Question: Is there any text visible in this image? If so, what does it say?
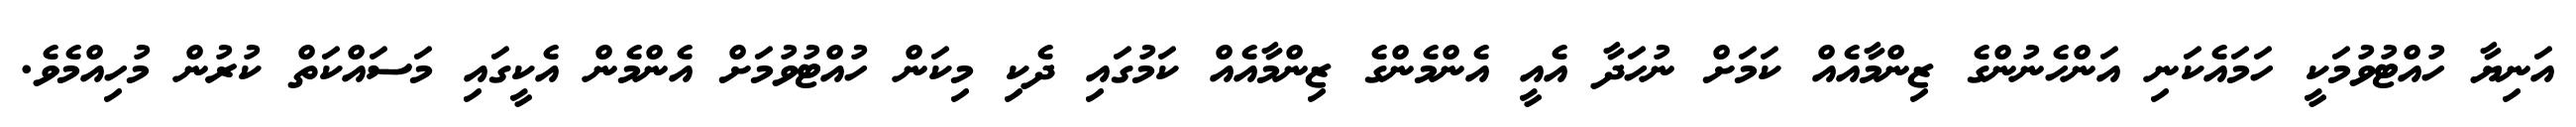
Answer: އަނިޔާ ހުއްޓުވުމަކީ ހަމައެކަނި އަންހެނުންގެ ޒިންމާއެއް ކަމަށް ނުހަދާ އެއީ އެންމެންގެ ޒިންމާއެއް ކަމުގައި ދެކި މިކަން ހުއްޓުވުމަށް އެންމެން އެކީގައި މަސައްކަތް ކުރުން މުހިއްމެވެ.